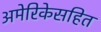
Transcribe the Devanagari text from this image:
अमेरिकेसहित